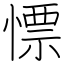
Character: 慓